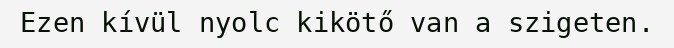
Ezen kívül nyolc kikötő van a szigeten.